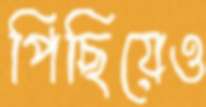
পিছিয়েও